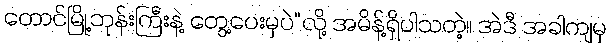
တောင်မြို့ဘုန်းကြီးနဲ့ တွေ့ပေးမှပဲ”လို့ အမိန့်ရှိပါသတဲ့။ အဲဒီ အခါကျမှ